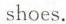
shoes.